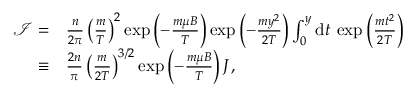
\begin{array} { r l } { \mathcal { I } = } & { { } \frac { n } { 2 \pi } \left( \frac { m } { T } \right) ^ { 2 } \exp \left( - \frac { m \mu B } { T } \right) \exp \left( - \frac { m y ^ { 2 } } { 2 T } \right) \int _ { 0 } ^ { y } \mathrm { d } t \: \exp \left( \frac { m t ^ { 2 } } { 2 T } \right) } \\ { \equiv } & { { } \frac { 2 n } { \pi } \left( \frac { m } { 2 T } \right) ^ { 3 / 2 } \exp \left( - \frac { m \mu B } { T } \right) J , } \end{array}